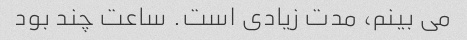
می بینم، مدت زیادی است. ساعت چند بود